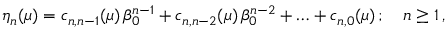
\eta _ { n } ( \mu ) = c _ { n , n - 1 } ( \mu ) \, \beta _ { 0 } ^ { n - 1 } + c _ { n , n - 2 } ( \mu ) \, \beta _ { 0 } ^ { n - 2 } + \ldots + c _ { n , 0 } ( \mu ) \, ; \quad n \ge 1 \, ,